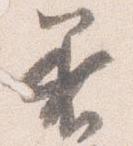
着